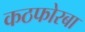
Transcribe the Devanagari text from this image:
कठफोरबा